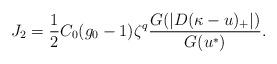
LaTeX: \begin{align*}J_2 = \frac 12 C_0(g_0-1)\zeta^q \frac {G(|D(\kappa -u)_+|)}{G(u^*)}.\end{align*}